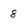
Character: 8